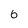
Character: 6